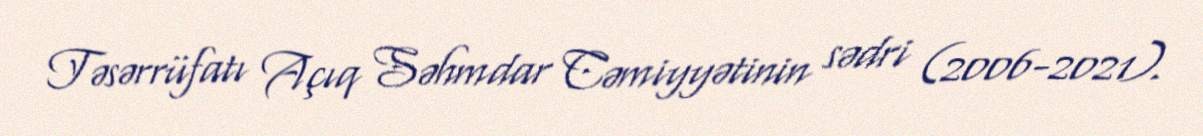
Təsərrüfatı Açıq Səhmdar Cəmiyyətinin sədri (2006-2021).